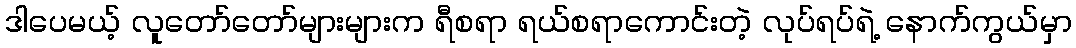
ဒါပေမယ့် လူတော်တော်များများက ရီစရာ ရယ်စရာကောင်းတဲ့ လုပ်ရပ်ရဲ့ နောက်ကွယ်မှာ